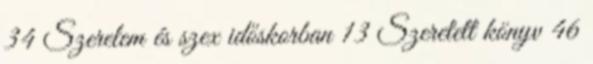
34 Szerelem és szex időskorban 13 Szeretett könyv 46